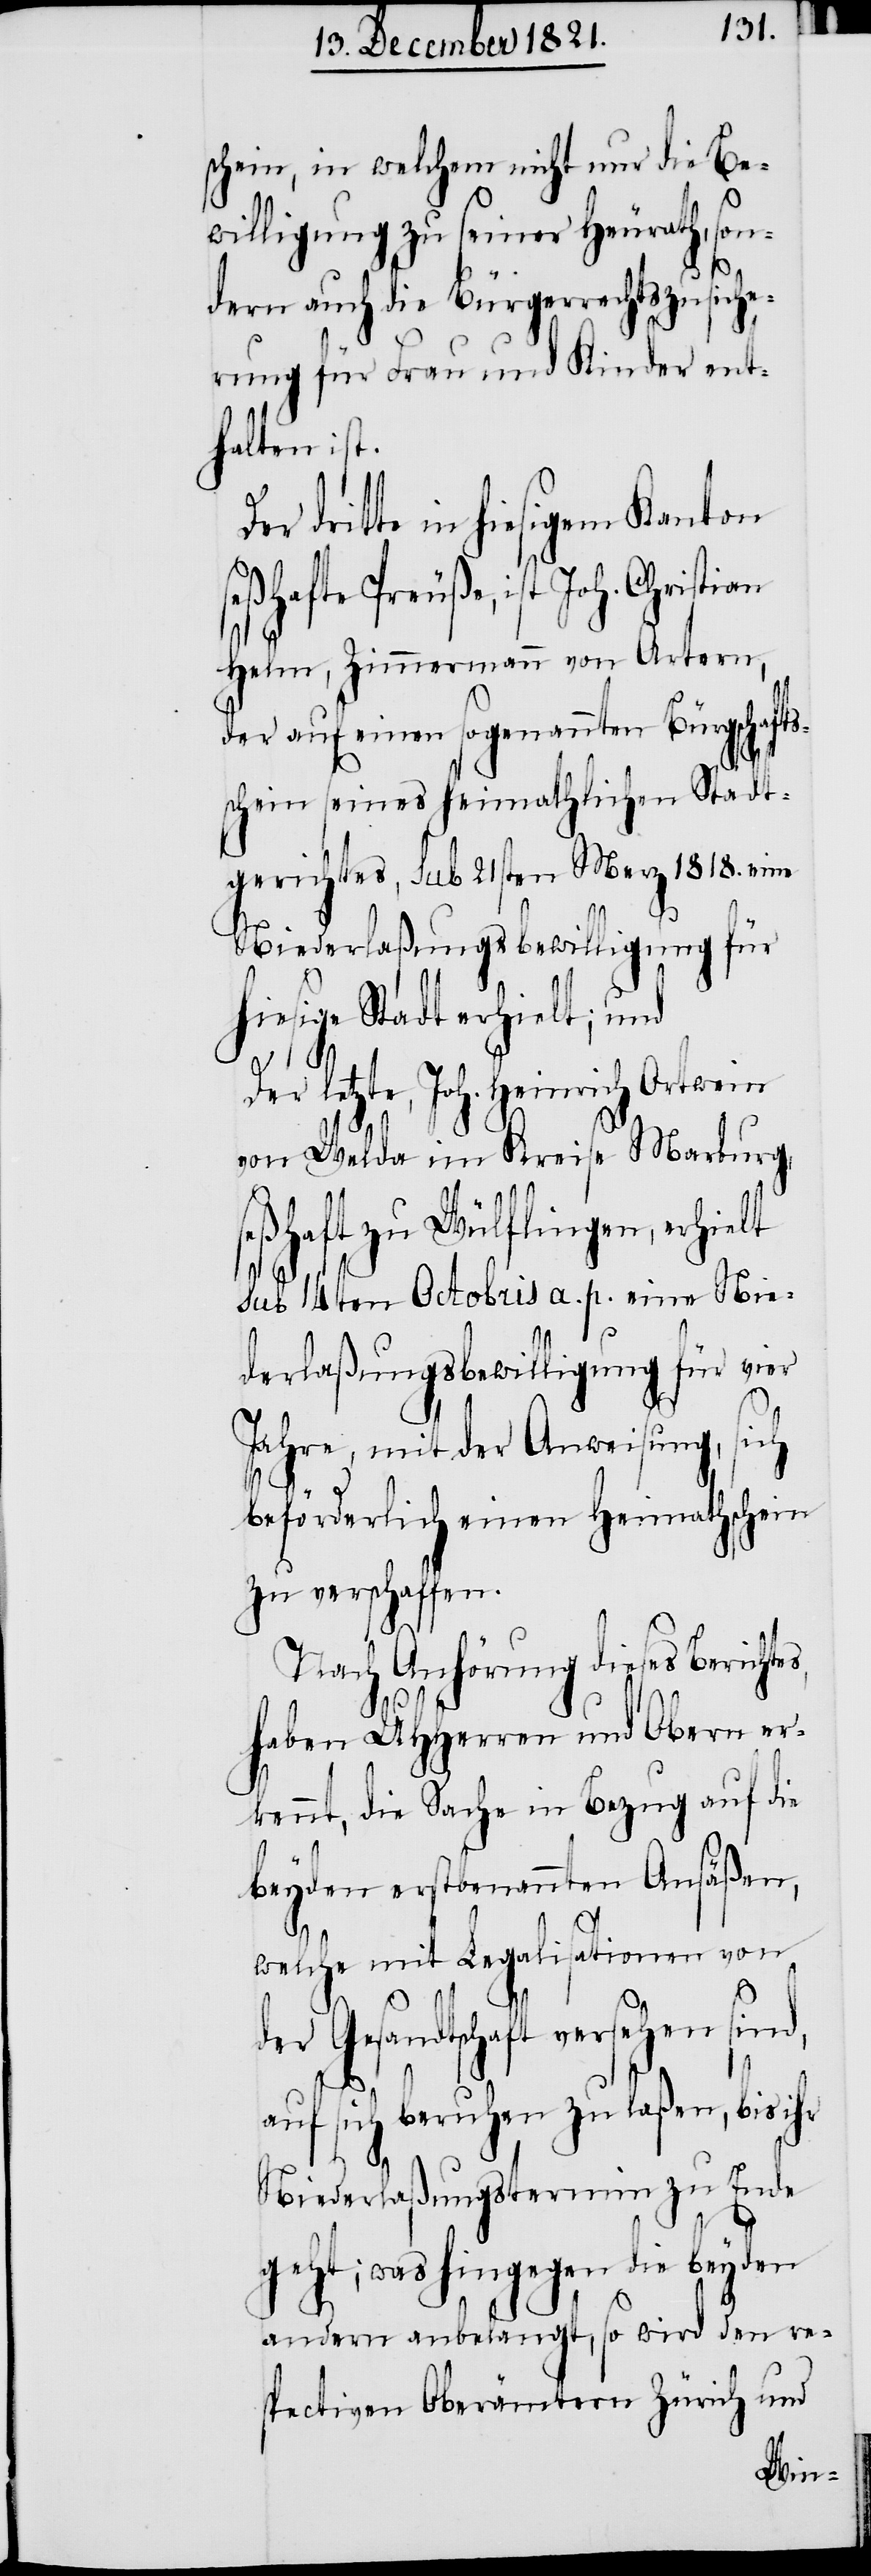
schein, in welchem nicht nur die Be¬
willigung zu seiner Heurath, son¬
dern auch die Bürgerrechtszusiche¬
rung für Frau und Kinder ent¬
halten ist.
dritte in hiesigem Kanton
Helm, Zimmermann von Artern,
der auf einen sogenannten Bürgschafts¬
schein seines heimathlichen Stadt¬
gerichtes, sub 21sten Merz 1818. eine
Niederlaßungsbewilligung für
hiesige Stadt erhielt; und
der letzte, Joh. Heinrich Ortwein
von Welda im Kreise Marburg,
seßhaft zu Wülflingen, erhielt
sub 14ten Octobris a. p. eine Nie¬
derlaßungsbewilligung für vier
Jahre, mit der Anweisung, sich
es,
Joh.
beförderlich einen Heimathschein
zu verschaffen.
Nach Anhörung dieses Bericht¬
haben UHHerren und Obern er¬
kennt, die Sache in Bezug auf die
beyden erstbenannten Ansäßen,
welche mit Legalisationen von
der Gesandtschaft versehen sind,
auf sich beruhen zu laßen, bis ihr
Niederlaßungstermin zu Ende
geht; was hingegen die beyden
andern anbelangt, so wird den re¬
spectiven Oberämtern Zürich und